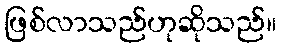
ဖြစ်လာသည်ဟုဆိုသည်။